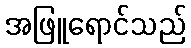
အဖြူရောင်သည်